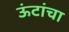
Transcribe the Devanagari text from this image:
ऊंटांचा